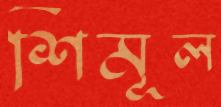
শিমূল